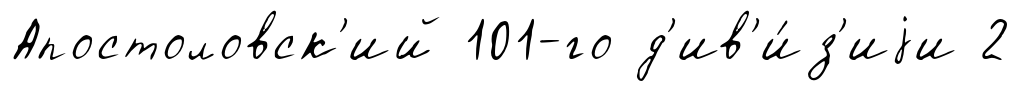
Апостоловск'ий 101-го д'ив'и́з'иjи 2